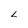
Character: L